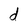
Character: d